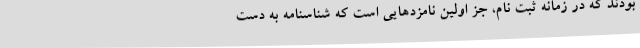
بودند که در زمانه ثبت نام، جز اولین نامزدهایی است که شناسنامه به دست